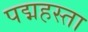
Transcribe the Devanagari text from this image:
पद्महस्ता